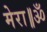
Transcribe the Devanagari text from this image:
मेरा॥ॐ